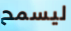
ليسمح